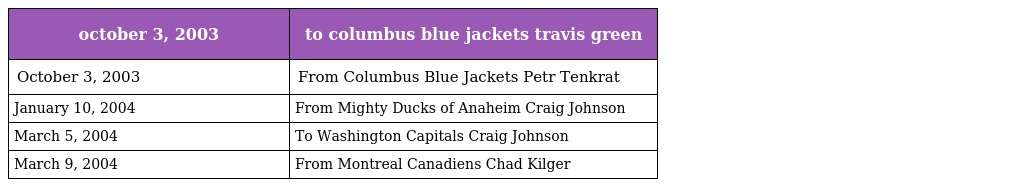
| october 3, 2003 | to columbus blue jackets travis green |
 | --- | --- |
 | October 3, 2003 | From Columbus Blue Jackets Petr Tenkrat |
 | January 10, 2004 | From Mighty Ducks of Anaheim Craig Johnson |
 | March 5, 2004 | To Washington Capitals Craig Johnson |
 | March 9, 2004 | From Montreal Canadiens Chad Kilger |